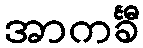
အာကင်္ခီ